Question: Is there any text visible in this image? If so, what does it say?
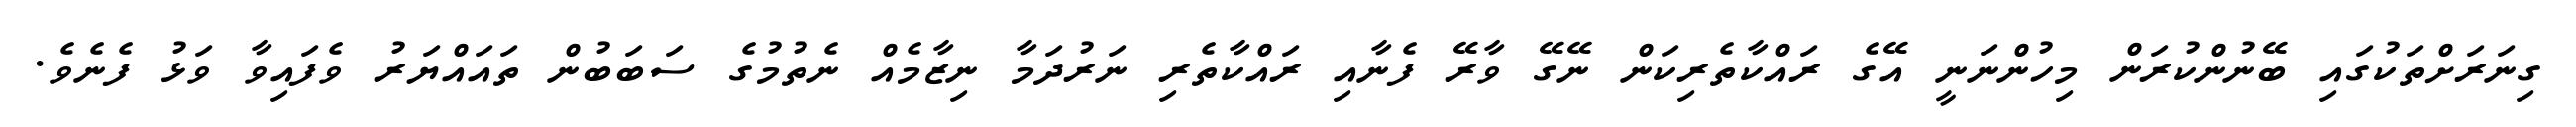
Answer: ގިނަރަށްތަކުގައި ބޭނުންކުރަން މިހުންނަނީ އޭގެ ރައްކާތެރިކަން ނޭގޭ ވާރޭ ފެނާއި ރައްކާތެރި ނަރުދަމާ ނިޒާމެއް ނެތުމުގެ ސަބަބުން ތައައްޔަރު ވެފައިވާ ވަޅު ފެނެވެ.